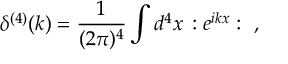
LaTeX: \delta ^ { ( 4 ) } ( k ) = \frac { 1 } { ( 2 \pi ) ^ { 4 } } \int d ^ { 4 } x \, : e ^ { i k x } : ~ ,